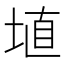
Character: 埴